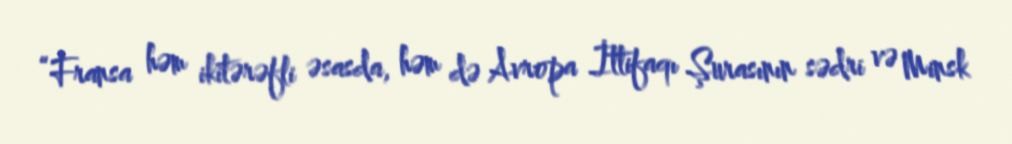
“Fransa həm ikitərəfli əsasda, həm də Avropa İttifaqı Şurasının sədri və Minsk